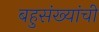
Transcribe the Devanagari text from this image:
बहुसंख्यांची